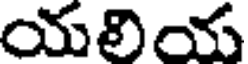
యలియ